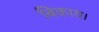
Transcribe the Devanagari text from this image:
बिकाय।